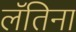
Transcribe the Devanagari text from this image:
लॅतिना